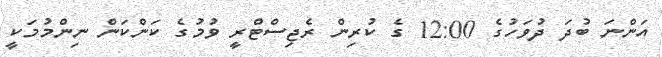
އަންނަ ބުދަ ދުވަހުގެ 12:00 ގެ ކުރިން ރެޖިސްޓްރީ ވުމުގެ ކަންކަން ނިންމުމަކީ